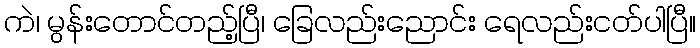
ကဲ၊ မွန်းတောင်တည့်ပြီ၊ ခြေလည်းညောင်း ရေလည်းငတ်ပါပြီ။